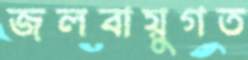
জলবায়ুগত